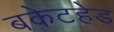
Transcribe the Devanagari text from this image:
बकेटहेड